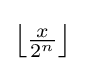
\left\lfloor {\tfrac {x}{2^{n}}}\right\rfloor